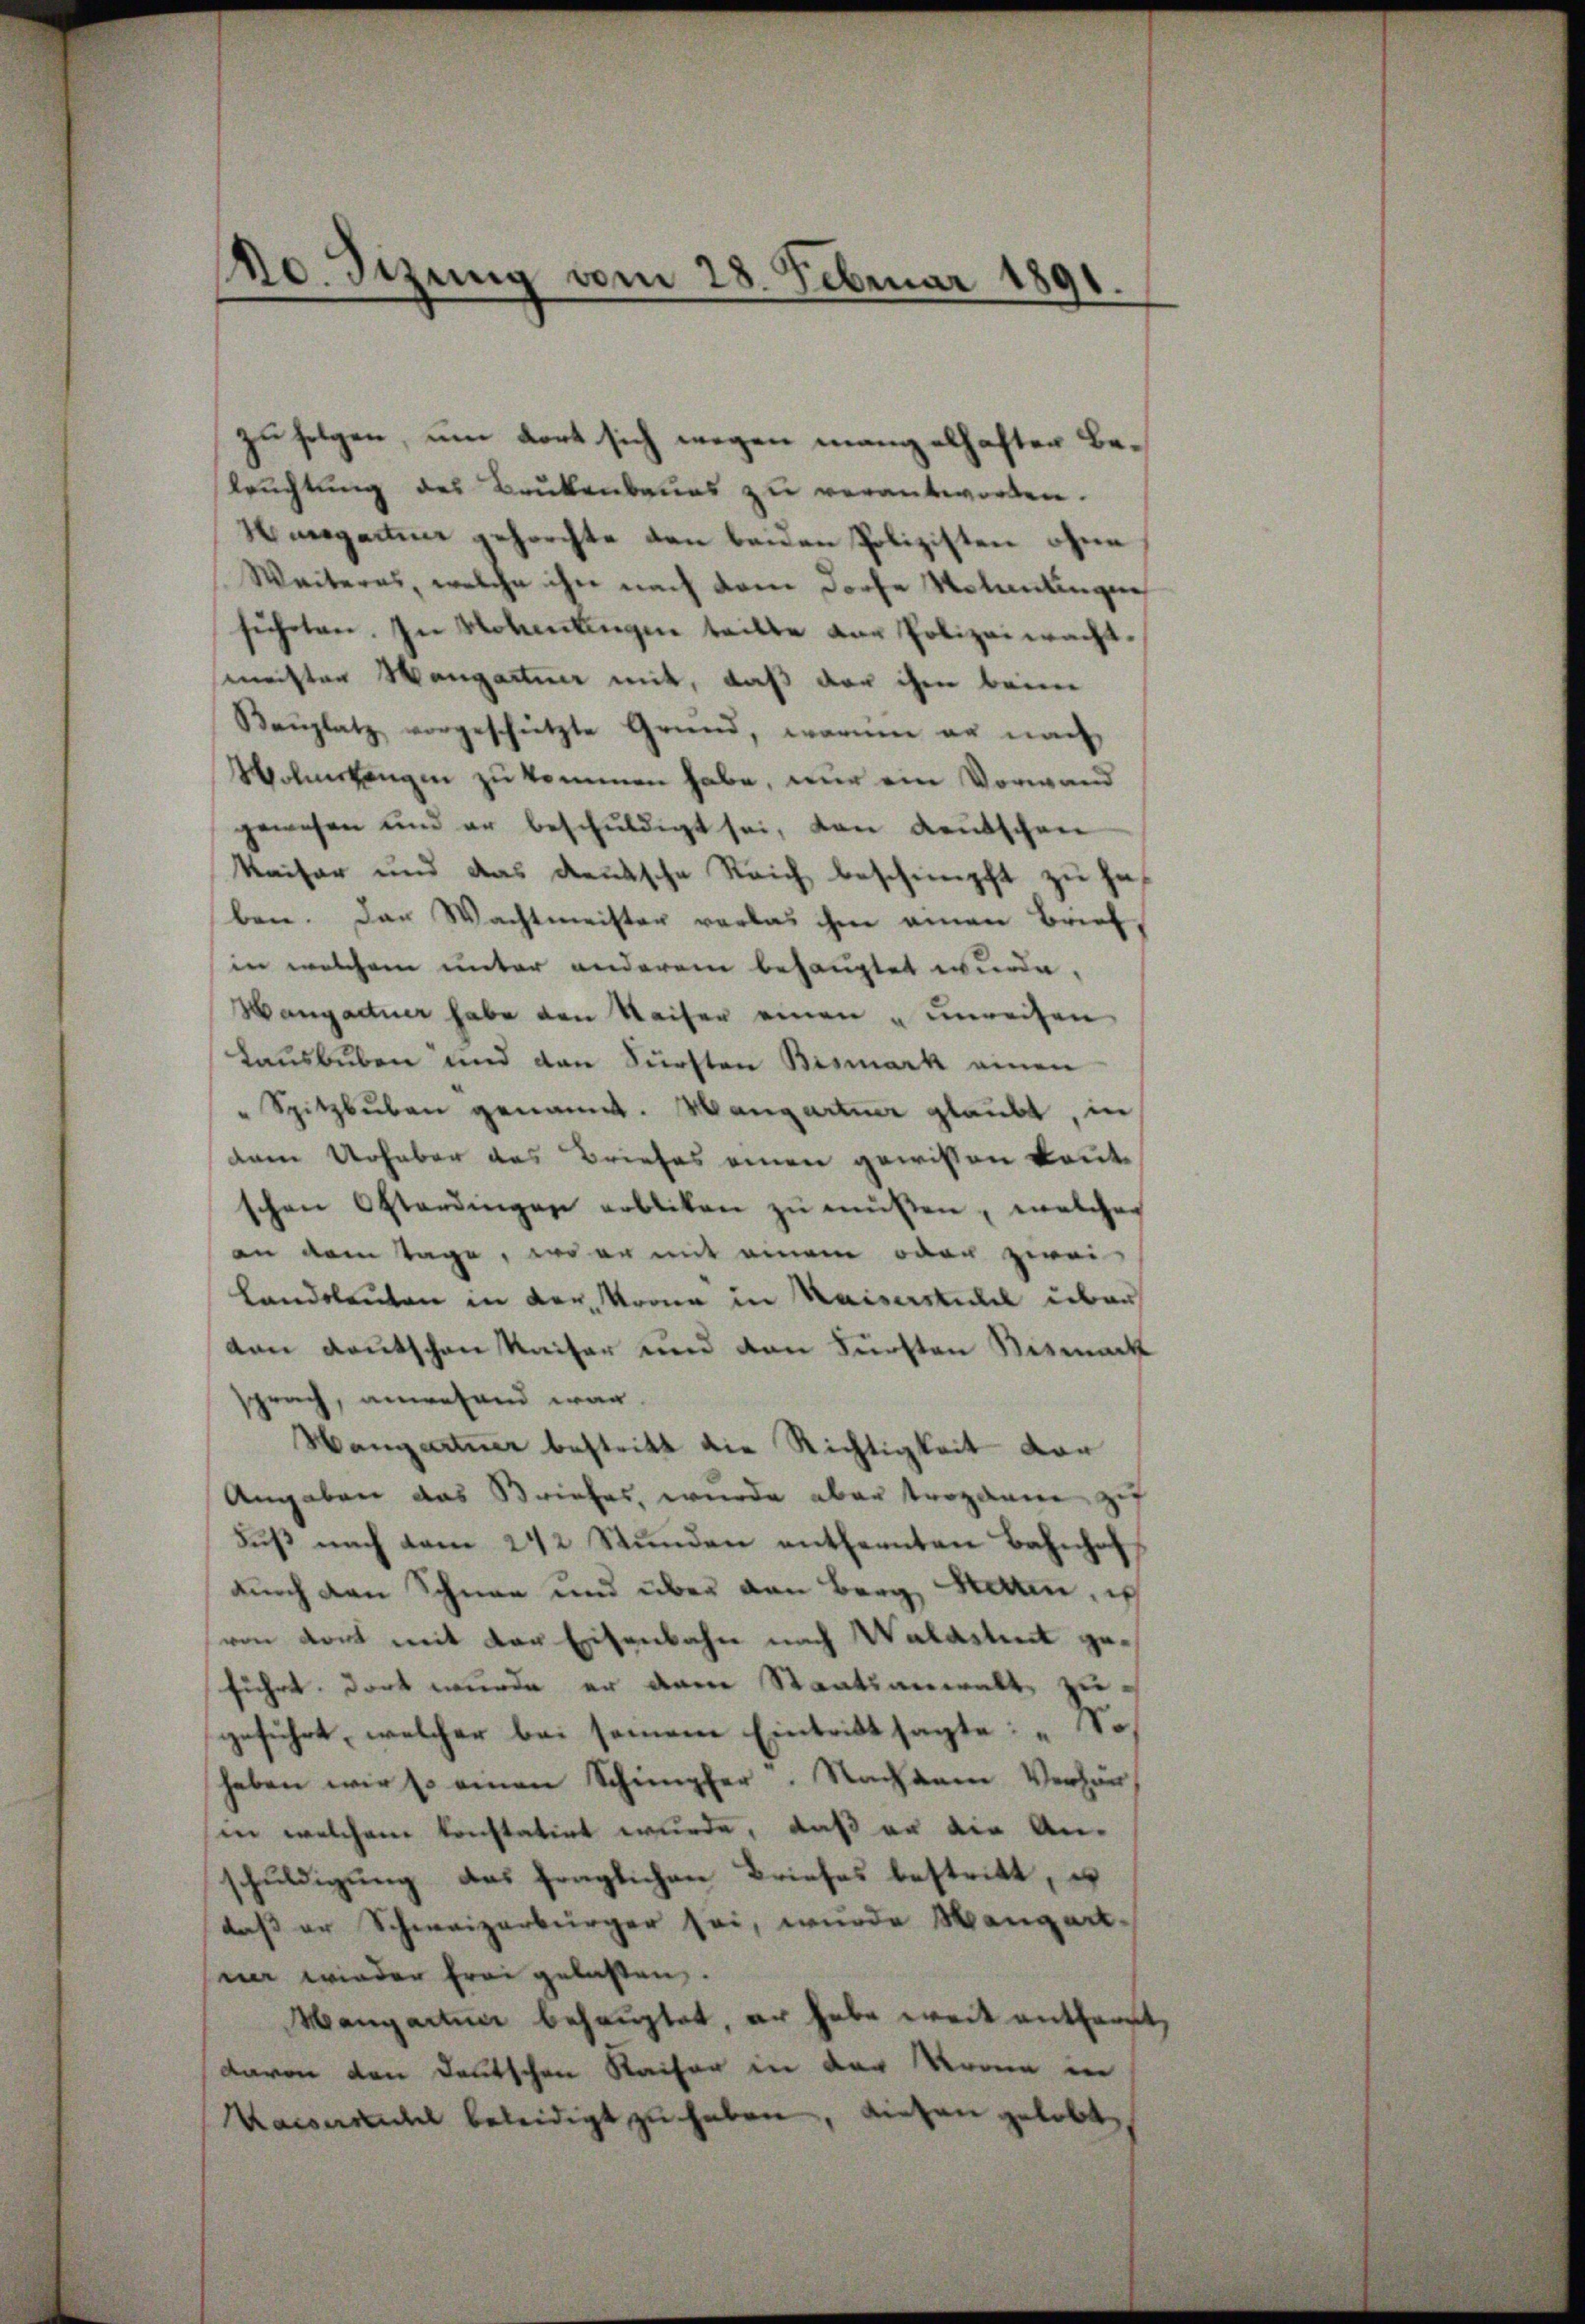
120. Sizung vom 28. Februar 1891.

zu folgen, um dort sich wegen mangelhafter Be¬
Truchtung des Brukenbaues zu verantworten.
megaum gehorchte den beiden Polizisten ohne
Weiteres, welche ihn nach dem Joche Volantingen
sŭcheten. In Mohelungen teilte der Polizeiwacht.
meister Wangartner mit, daß der ihm beim
Baŭplatz vorgeschützte Grund, warum er nach
Wolmlangen zu kommen habe, nur ein Vorwand
gewesen und er beschŭldigt sei, von deutschen
Kaiser und das deutsche Reich beschimpft zu haf
ben. Das Wachtmeister verlas ihm einen Brief
in welchem unter anderem behauptet wurde.
Hangartner habe den Waiser einen „unreisen
Lausbuben und dan Fürsten Bismark einen
" Spitzbuben genannt. Mangartner glaubt, in
dem Urhaber des Briefes einen gewissen kantschen Osterdingen erbliken zŭ müßen, welches
an dem Tage, wo er mit einem oder zwei
Landsleuten in der Krona in Kaiserstill über
den Deutschen Kaiser und den Fürsten Bismark
sprach, anwesend war
Hangartner bestritt die Richtigkeit dar
Angaben das Briefes, wurde aber tropanne zu
Fŭβ nach vom 212 Stŭnden entfernten Bahnhof
durch den Schnee und über den Berg, Bern, ich
von dort mit der Eisenbahn nach Walastet geführt, dort wurde er den Staatsanwalt zu-
geführt, welcher bei seinem Eintritt sagte: „So,
haben wir so einen Schimpfer. Nachdem Verhänsen welchem konstatirt wurde, daß er die An-
schuldigung das fraglichen Briefes bestritt, es
daß er Schweizerbürger sei, wurde Wangart-
ner wieder frei gelasten.
Mangactum behauptet, er habe weit entfernt,
davon den Deutschen Kaiser in der Momen in
Kaiserlichel beleidigt zu haben, diesen gelobt,